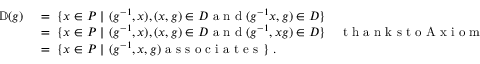
\begin{array} { r l } { \mathbb { D } ( g ) \ } & { = \ \{ x \in P \ \vert \ ( g ^ { - 1 } , x ) , ( x , g ) \in D \textup { a n d } ( g ^ { - 1 } x , g ) \in D \} } \\ & { = \ \{ x \in P \ \vert \ ( g ^ { - 1 } , x ) , ( x , g ) \in D \textup { a n d } ( g ^ { - 1 } , x g ) \in D \} \quad \textup { t h a n k s t o A x i o m } } \\ & { = \ \{ x \in P \ \vert \ ( g ^ { - 1 } , x , g ) \textup { a s s o c i a t e s } \} \ . } \end{array}